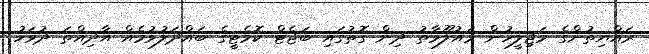
ރައްޔިތުންގެ މަޖިލީހުން މައުލޫމާތު ދިން ގޮތުގައި ބަޖެޓް ކޮމެޓީގެ ބައްދަލުވުމެއް އާދިއްތަ ދުވަހު